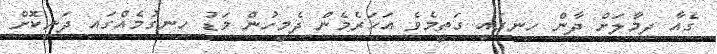
ގެއާ ދިމާލަށް ދާން ހިނގައި ގަތީމެވެ އަހަރެމެން ދެމީހުން މަޑު ހިނގުމެއްގައި ދަނިކޮށް